Vaccination in Bombay 1913-1923 - 1913-1923
Year: 1913
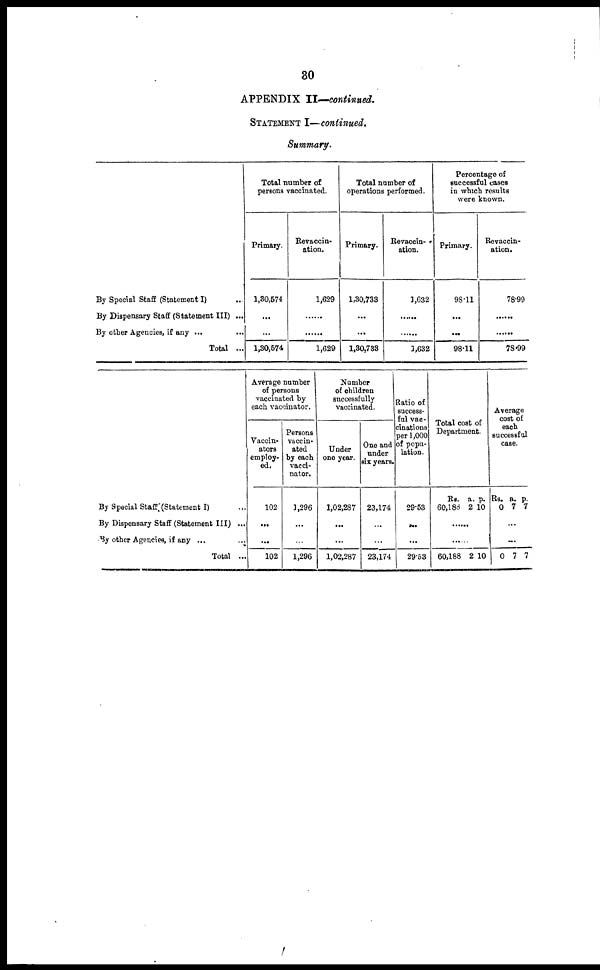
30
APPENDIX II—continued.
STATEMENT I—continued.
Summary.
By Special Staff (Statement I) ...
By Dispensary Staff (Statement III) ...
By other Agencies, if any ...
Total ...
Total number of
persons vaccinated.
Primary.
1,30,574
...
...
1,30,574
Revaccin-
ation.
1,629
......
......
1,629
Total number of
operations performed.
Primary.
1,30,733
...
...
1,30,733
Revaccin-
ation.
1,632
......
......
1,632
Percentage of
successful cases
in which results
were known.
Primary.
98.11
...
...
98.11
Revaccin-
ation.
78.99
......
78.99
By Special Staff (Statement I) ...
By Dispensary Staff (Statement III) ...
By other Agencies, if any ... ...
Total ...
Average number
of persons
vaccinated by
each vaccinator.
Vaccin-
ators
employ-
ed.
102
...
...
102
Persons
vaccin-
ated
by each
vacci-
nator.
1,296
...
...
1,296
Number
of children
successfully
vaccinated.
Under
one year.
1,02,287
...
...
1,02,287
One and
under
six years.
23,174
...
...
23,174
Ratio of
success-
ful vac-
cinations
per 1,000
of popu-
lation.
29.53
...
...
29.53
Total cost of
Department.
Rs.
60,188
a.
2
p.
10
......
......
60,188 2 10
Average
cost of
each
successful
case.
Rs.
0
a.
7
p.
7
......
......
0 7 7